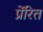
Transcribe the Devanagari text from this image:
प्रेंरित